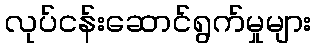
လုပ်ငန်းဆောင်ရွက်မှုများ